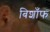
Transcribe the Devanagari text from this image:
बिशाँफ